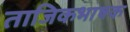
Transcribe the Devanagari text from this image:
ताजिकभाषक